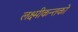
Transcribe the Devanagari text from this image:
लक्ष्मीकन्तको